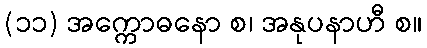
(၁၁) အက္ကောဓနော စ၊ အနုပနာဟီ စ။